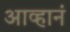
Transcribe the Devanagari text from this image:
आव्हानं